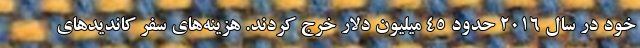
خود در سال 2016 حدود 45 میلیون دلار خرج کردند. هزینه‌های سفر کاندیدهای